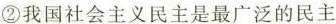
②我国社会主义民主是最广泛的民主